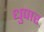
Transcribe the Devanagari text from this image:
धुपार